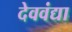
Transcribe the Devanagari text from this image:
देववंद्या